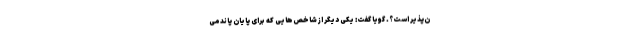
ن‌پذیر است؟. گویا گفت: یکی دیگر از شاخص‌هایی که برای پایان پاندمی